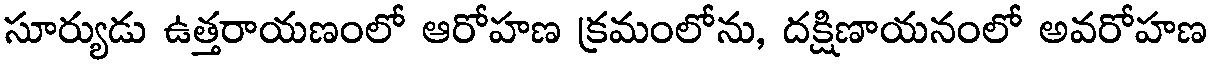
సూర్యుడు ఉత్తరాయణంలో ఆరోహణ క్రమంలోను, దక్షిణాయనంలో అవరోహణ